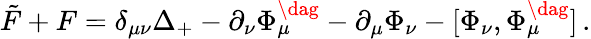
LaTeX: \tilde{F}+F=\delta_{\mu\nu}\Delta_{+}-\partial_{\nu}\Phi_{\mu}^{\dag}-\partial_{\mu}\Phi_{\nu}-[\Phi_{\nu},\Phi_{\mu}^{\dag}]\, .